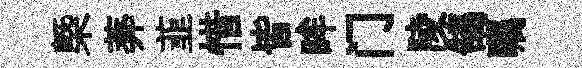
槩莾韮惜皆眸门陵鵠瞩